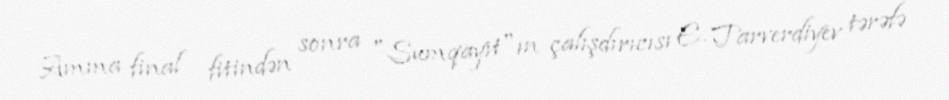
Amma final fitindən sonra "Sumqayıt"ın çalışdırıcısı E. Tarverdiyev tərəfə